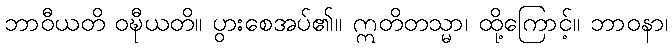
ဘာဝီယတိ ဝဍ္ဎီယတိ။ ပွားစေအပ်၏။ ဣတိတသ္မာ၊ ထို့ကြောင့်။ ဘာဝနာ၊